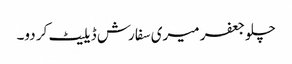
چلو جعفر میری سفارش ڈیلیٹ کر دو۔